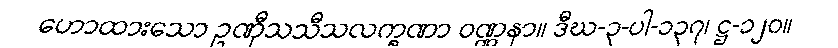
ဟောထားသော ဥဏှီသသီသလက္ခဏာ ဝဏ္ဏနာ။ ဒီဃ-၃-ပါ-၁၃၇၊ ဋ္ဌ-၁၂၀။